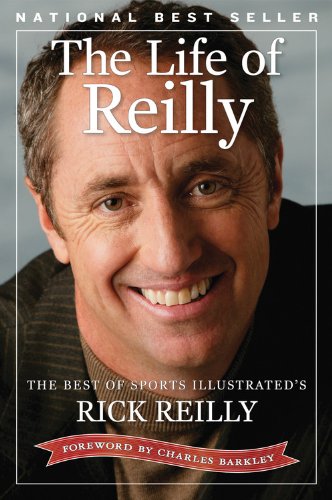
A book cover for The Life of Reilly: The Best of Sports Illustrated's Rick Reilly; Rick Reilly; Sports & Outdoors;